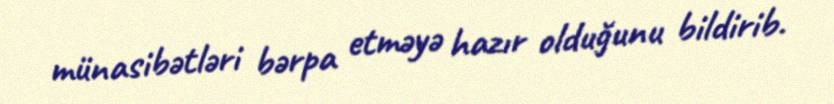
münasibətləri bərpa etməyə hazır olduğunu bildirib.